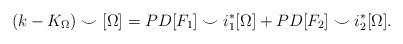
LaTeX: \begin{align*} (k - K_{\Omega}) \smile [\Omega] = PD[F_1] \smile i_1^{*}[\Omega] + PD[F_2] \smile i_2^{*}[\Omega].\end{align*}